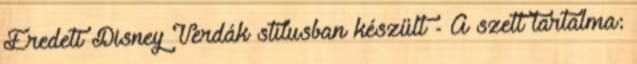
Eredeti Disney Verdák stílusban készült - A szett tartalma: